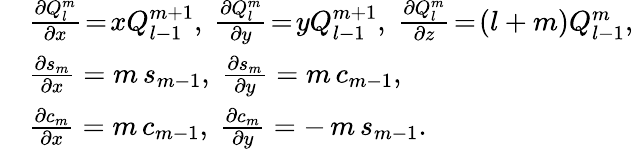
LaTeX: \begin{array}{rl}&{\frac{\partial Q_{l}^{m}}{\partial x}\! =\! xQ_{l-1}^{m+1},\ \frac{\partial Q_{l}^{m}}{\partial y}\! =\! yQ_{l-1}^{m+1},\ \frac{\partial Q_{l}^{m}}{\partial z}\! =\! (l+m)Q_{l-1}^{m},}\\ &{\frac{\partial s_{m}}{\partial x}=m\, s_{m-1},\ \frac{\partial s_{m}}{\partial y}=m\, c_{m-1},\ }\\ &{\frac{\partial c_{m}}{\partial x}=m\, c_{m-1},\ \frac{\partial c_{m}}{\partial y}=-\, m\, s_{m-1}.}\end{array}